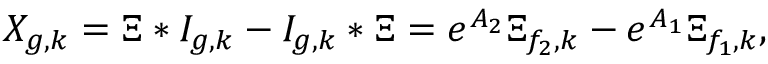
X _ { g , k } = \Xi \ast I _ { g , k } - I _ { g , k } \ast \Xi = e ^ { A _ { 2 } } \Xi _ { f _ { 2 } , k } - e ^ { A _ { 1 } } \Xi _ { f _ { 1 } , k } ,